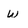
Character: w